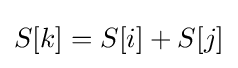
S[k]=S[i]+S[j]